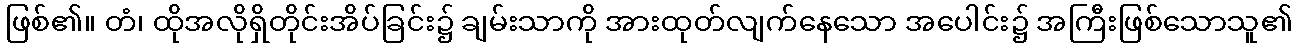
ဖြစ်၏။ တံ၊ ထိုအလိုရှိတိုင်းအိပ်ခြင်း၌ ချမ်းသာကို အားထုတ်လျက်နေသော အပေါင်း၌ အကြီးဖြစ်သောသူ၏